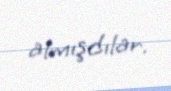
almışdılar.